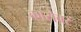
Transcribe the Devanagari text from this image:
कारोबर